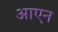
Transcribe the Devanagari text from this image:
आएन